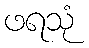
ဖရသုံ